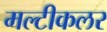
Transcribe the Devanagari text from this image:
मल्टीकलर